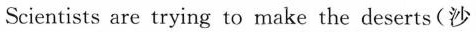
Scientists are trying to make the deserts(沙